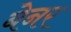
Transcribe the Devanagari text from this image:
बेनर